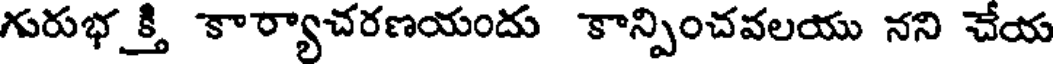
గురుభక్తి కార్యాచరణయందు కాన్పించవలయు నని చేయ